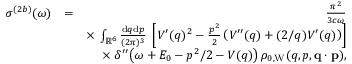
\begin{array} { r l r } { \sigma ^ { ( 2 b ) } ( \omega ) } & { = } & { \frac { \pi ^ { 2 } } { 3 c \omega } } \\ & { } & { \times \; \int _ { \mathbb { R } ^ { 6 } } \frac { \ensuremath { \mathrm { d } } \b { q } \ensuremath { \mathrm { d } } \b { p } } { ( 2 \pi ) ^ { 3 } } \; \left[ V ^ { \prime } ( q ) ^ { 2 } - \frac { p ^ { 2 } } { 2 } \left( V ^ { \prime \prime } ( q ) + ( 2 / q ) V ^ { \prime } ( q ) \right) \right] } \\ & { } & { \times \; \delta ^ { \prime \prime } \! \left( \omega + E _ { 0 } - p ^ { 2 } / 2 - V ( q ) \right) \rho _ { 0 , \mathrm { W } } ( q , p , \ensuremath { \mathbf { q } } \cdot \ensuremath { \mathbf { p } } ) , } \end{array}